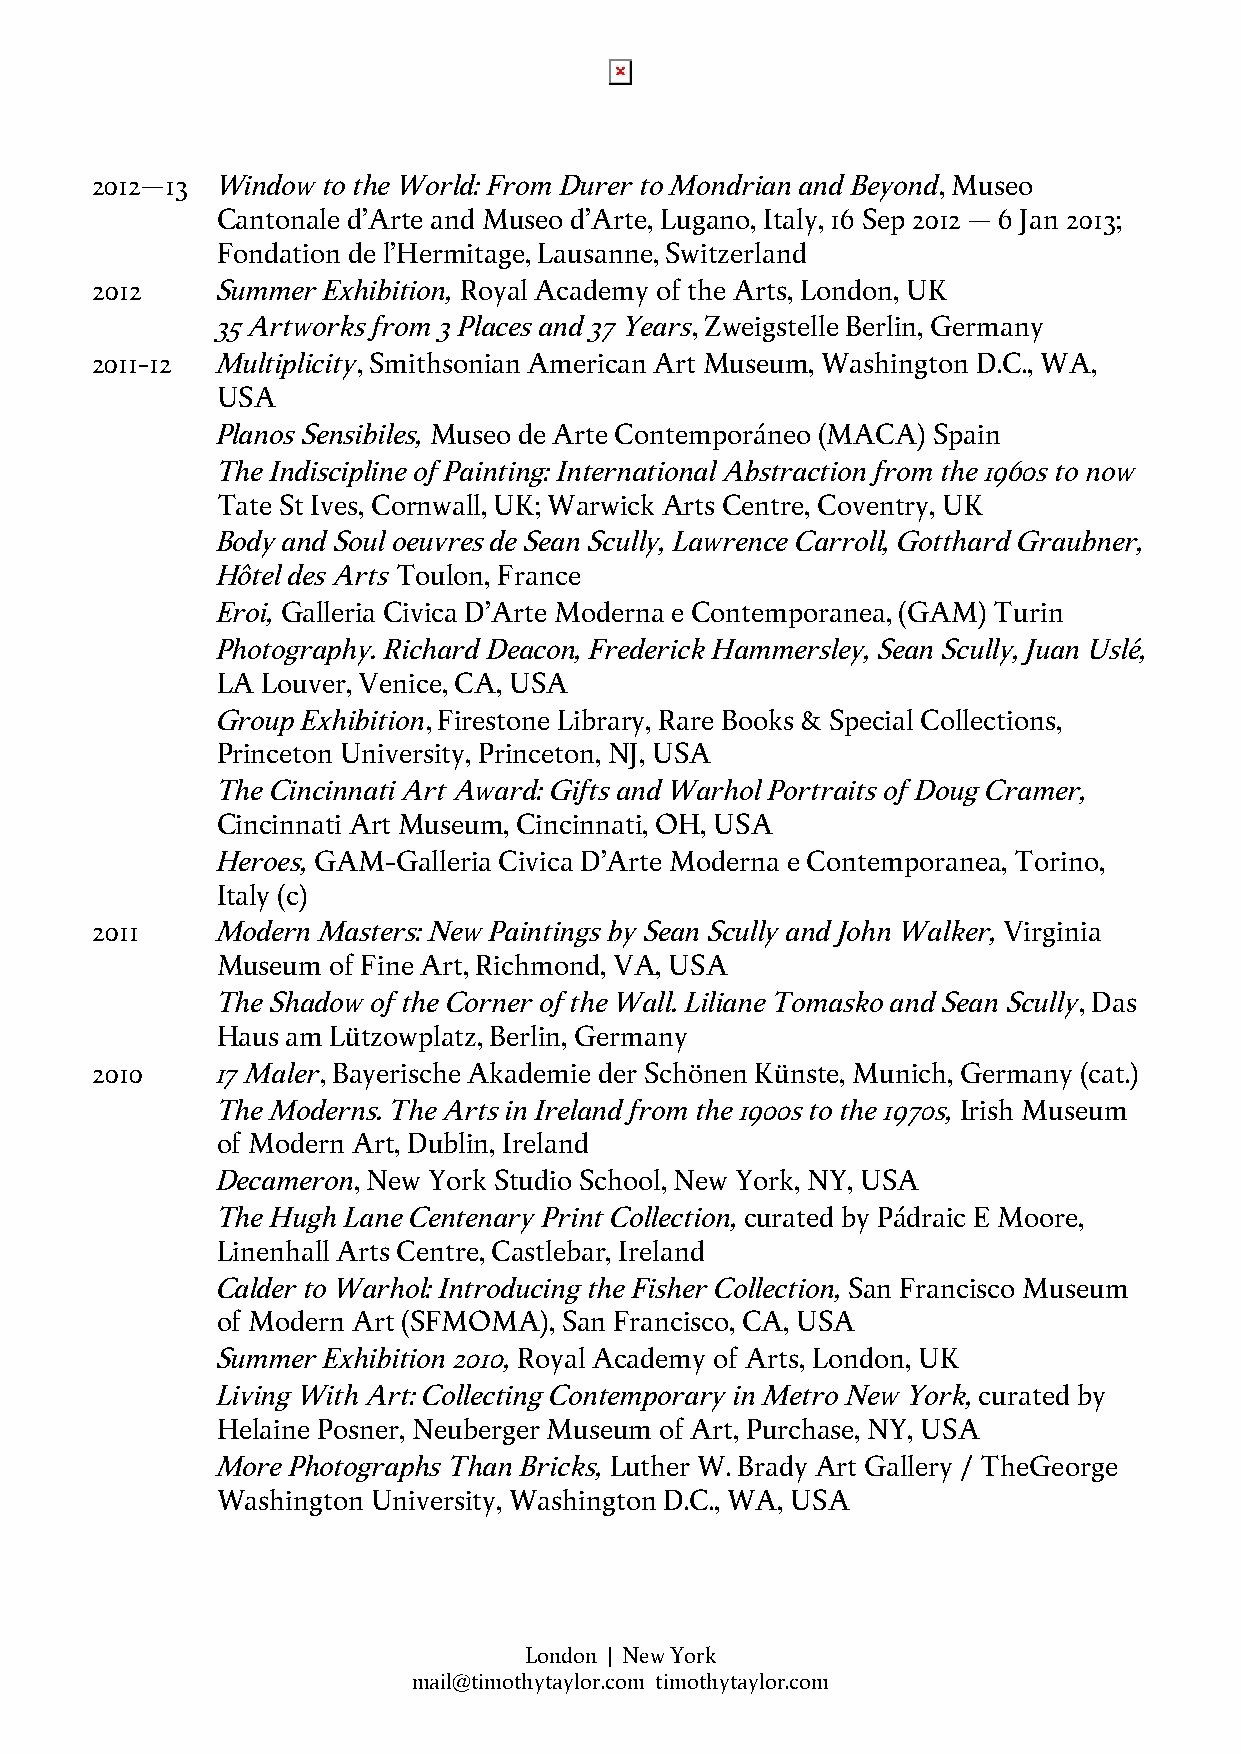
2012–13 Window to the World: From Durer to Mondrian and Beyond, Museo
 Cantonale d’Arte and Museo d’Arte, Lugano, Italy, 16 Sep 2012 – 6 Jan 2013;
 Fondation de l’Hermitage, Lausanne, Switzerland
 2012    Summer Exhibition, Royal Academy of the Arts, London, UK
 35 Artworks from 3 Places and 37 Years, Zweigstelle Berlin, Germany
 2011-12 Multiplicity, Smithsonian American Art Museum, Washington D.C., WA,
 USA
 Planos Sensibiles, Museo de Arte Contemporáneo (MACA) Spain
 The Indiscipline of Painting: International Abstraction from the 1960s to now
 Tate St Ives, Cornwall, UK; Warwick Arts Centre, Coventry, UK
 Body and Soul oeuvres de Sean Scully, Lawrence Carroll, Gotthard Graubner,
 Hôtel des Arts Toulon, France
 Eroi, Galleria Civica D’Arte Moderna e Contemporanea, (GAM) Turin
 Photography. Richard Deacon, Frederick Hammersley, Sean Scully, Juan Uslé,
 LA Louver, Venice, CA, USA
 Group Exhibition, Firestone Library, Rare Books & Special Collections,
 Princeton University, Princeton, NJ, USA
 The Cincinnati Art Award: Gifts and Warhol Portraits of Doug Cramer,
 Cincinnati Art Museum, Cincinnati, OH, USA
 Heroes, GAM-Galleria Civica D’Arte Moderna e Contemporanea, Torino,
 Italy (c)
 2011    Modern Masters: New Paintings by Sean Scully and John Walker, Virginia
 Museum  of Fine Art, Richmond, VA, USA
 The Shadow of the Corner of the Wall. Liliane Tomasko and Sean Scully, Das
 Haus am Lützowplatz, Berlin, Germany
 2010    17 Maler, Bayerische Akademie der Schönen Künste, Munich, Germany (cat.)
 The Moderns. The Arts in Ireland from the 1900s to the 1970s, Irish Museum
 of Modern Art, Dublin, Ireland
 Decameron, New York Studio School, New York, NY, USA
 The Hugh Lane Centenary Print Collection, curated by Pádraic E Moore,
 Linenhall Arts Centre, Castlebar, Ireland
 Calder to Warhol: Introducing the Fisher Collection, San Francisco Museum
 of Modern Art (SFMOMA), San Francisco, CA, USA
 Summer Exhibition 2010, Royal Academy of Arts, London, UK
 Living With Art: Collecting Contemporary in Metro New York, curated by
 Helaine Posner, Neuberger Museum of Art, Purchase, NY, USA
 More Photographs Than Bricks, Luther W. Brady Art Gallery / TheGeorge
 Washington University, Washington D.C., WA, USA
 London | New York
 mail@timothytaylor.com timothytaylor.com